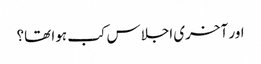
اور آخری اجلاس کب ہوا تھا؟